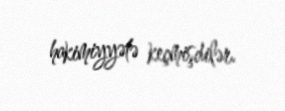
hakimiyyətə keçmişdilər.